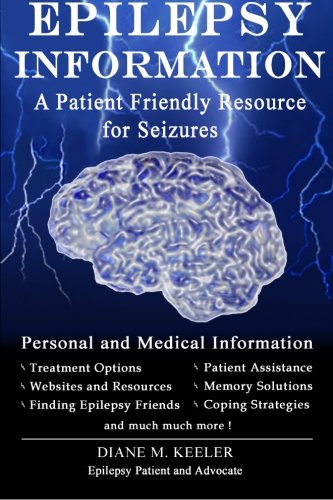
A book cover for Epilepsy Information: A Patient Friendly Resource for Seizures (Second Edition); Diane M. Keeler; Health, Fitness & Dieting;